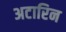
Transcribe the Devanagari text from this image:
अटारिन